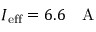
I _ { \mathrm { e f f } } = 6 . 6 \textrm { ~ A }